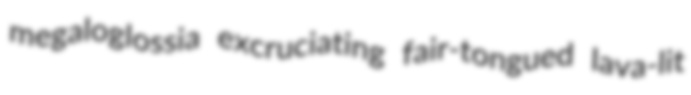
megaloglossia excruciating fair-tongued lava-lit